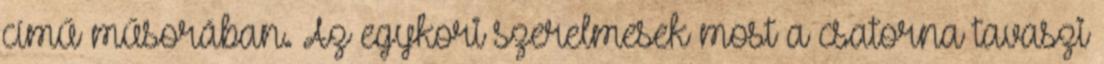
című műsorában. Az egykori szerelmesek most a csatorna tavaszi